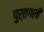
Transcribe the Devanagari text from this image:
पुर्तगली